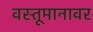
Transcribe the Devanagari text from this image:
वस्तूमानावर